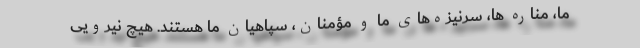
ما، مناره ها، سرنیزه‌های ما و مؤمنان، سپاهیان ما هستند. هیچ نیرویی